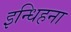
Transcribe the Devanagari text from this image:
इन्धिहना